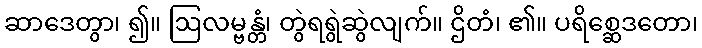
ဆာဒေတွာ၊ ၍။ ဩလမ္ဗန္တံ၊ တွဲရရွဲဆွဲလျက်။ ဌိတံ၊ ၏။ ပရိစ္ဆေဒတော၊